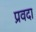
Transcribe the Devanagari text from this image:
प्रवदा